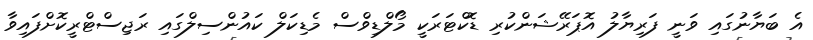
އެ ބަޔާނުގައި ވަނީ ފަރިޔާލު އޮޕަރޭޝަންކުރި ޑޮކްޓަރަކީ މޯލްޑިވްސް މެޑިކަލް ކައުންސިލްގައި ރަޖިސްޓްރީކޮށްފައިވާ